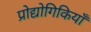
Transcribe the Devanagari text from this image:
प्रोद्योगिकियाँ